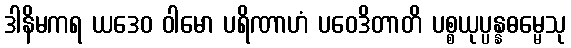
ဒါနိမကရ ယဒေဝ ဝါမော ပရိဏာဟံ ပဝေဒိတာတိ ပစ္စယုပ္ပန္နဓမ္မေသု